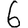
Digit: 6